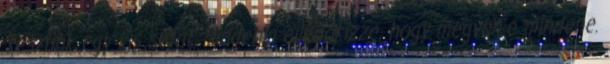
Teszünk egy kis sétát. Mindenki ellenőrizze, hogy megvan-e mindene.